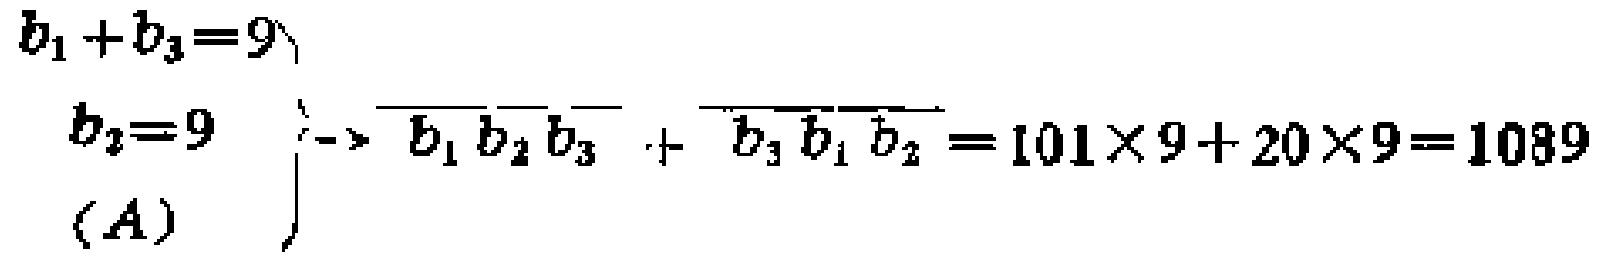
\[
\begin{cases}
b_1 + b_3 = 9 \\
b_2 = 9 \\
(A)
\end{cases}
\rightarrow \overline{b_1 b_2 b_3} + \overline{b_3 b_1 b_2} = 101\times 9 + 20\times 9 = 1089
\]